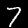
Digit: 7